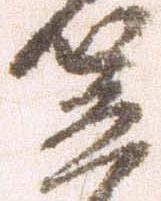
笠